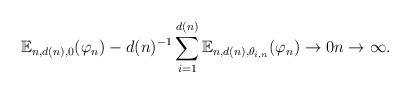
LaTeX: \begin{align*}\mathbb{E}_{n, d(n), 0} (\varphi_n) - d(n)^{-1} \sum_{i = 1}^{d(n)} \mathbb{E}_{n, d(n), \theta_{i,n}} (\varphi_n) \to 0 n \to \infty.\end{align*}